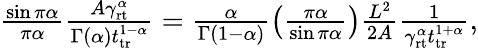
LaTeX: \begin{array}{r}{\frac{\sin\pi\alpha}{\pi\alpha}\frac{A\gamma_{\mathrm{rt}}^{\alpha}}{\Gamma(\alpha)t_{\mathrm{tr}}^{1-\alpha}}=\frac{\alpha}{\Gamma(1-\alpha)}\left(\frac{\pi\alpha}{\sin\pi\alpha}\right)\frac{L^{2}}{2A}\frac{1}{\gamma_{\mathrm{rt}}^{\alpha}t_{\mathrm{tr}}^{1+\alpha}},}\end{array}